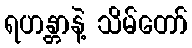
ရဟန္တာနဲ့ သိမ်တော်